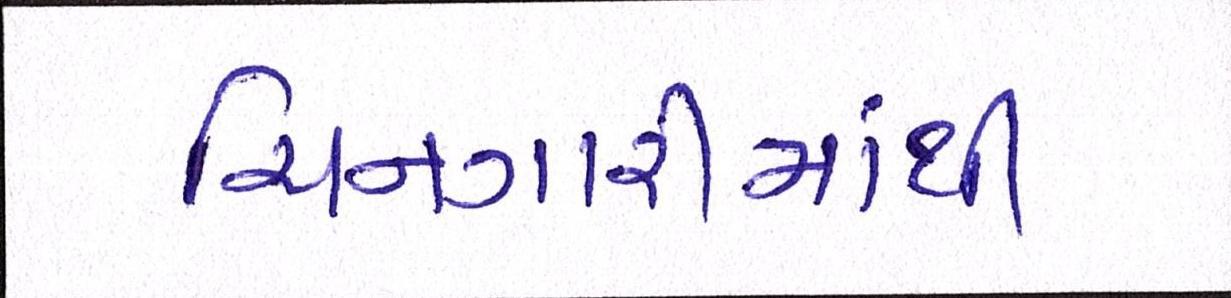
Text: ચિનગારીમાંથી